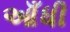
આઁધી